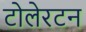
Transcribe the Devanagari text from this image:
टोलेरटन